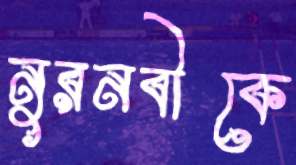
নুরনবীকে